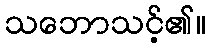
သဘောသင့်၏။